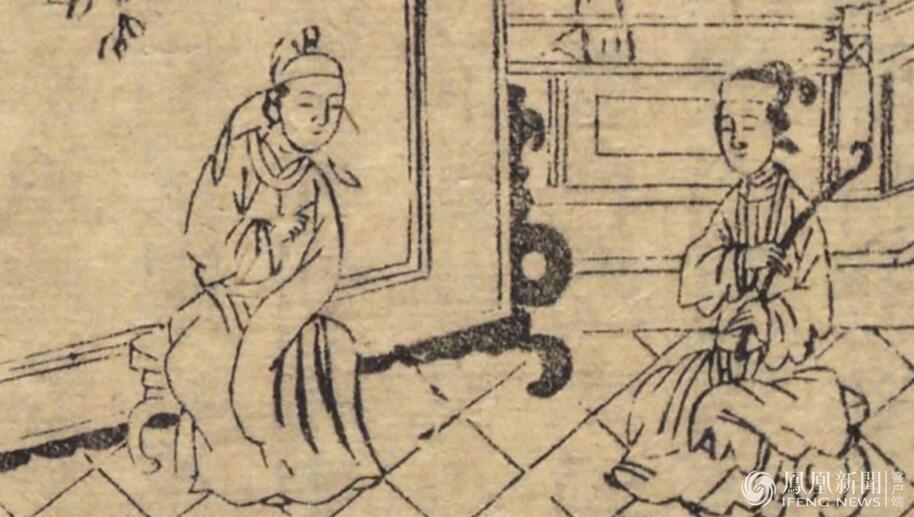
铜壶漏报天将晓，惆怅佳期又一年。